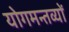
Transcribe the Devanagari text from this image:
योगमन्तव्यों